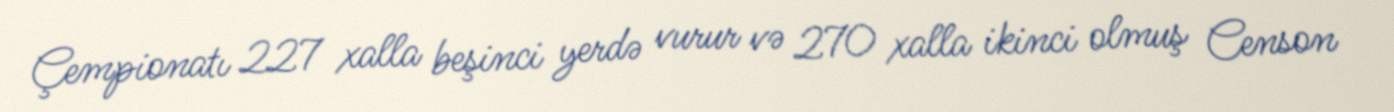
Çempionatı 227 xalla beşinci yerdə vurur və 270 xalla ikinci olmuş Censon